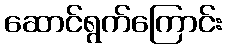
ဆောင်ရွက်ကြောင်း